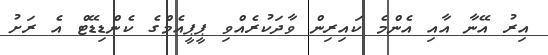
އިރު އޭނާ އާއި އެންމެ ކައިރިން ވާދަކުރެއްވި ޕީޕީއެމްގެ ކެންޑިޑޭޓް އެ ރަށު